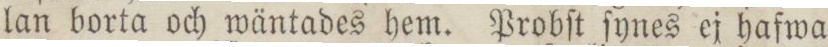
lan borta och wäntades hem. Probſt ſynes ej hafwa